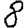
Digit: 8